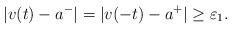
LaTeX: \begin{align*} |{v}(t)-a^-|=|{v}(-t)-a^+|\geq\varepsilon_1.\end{align*}